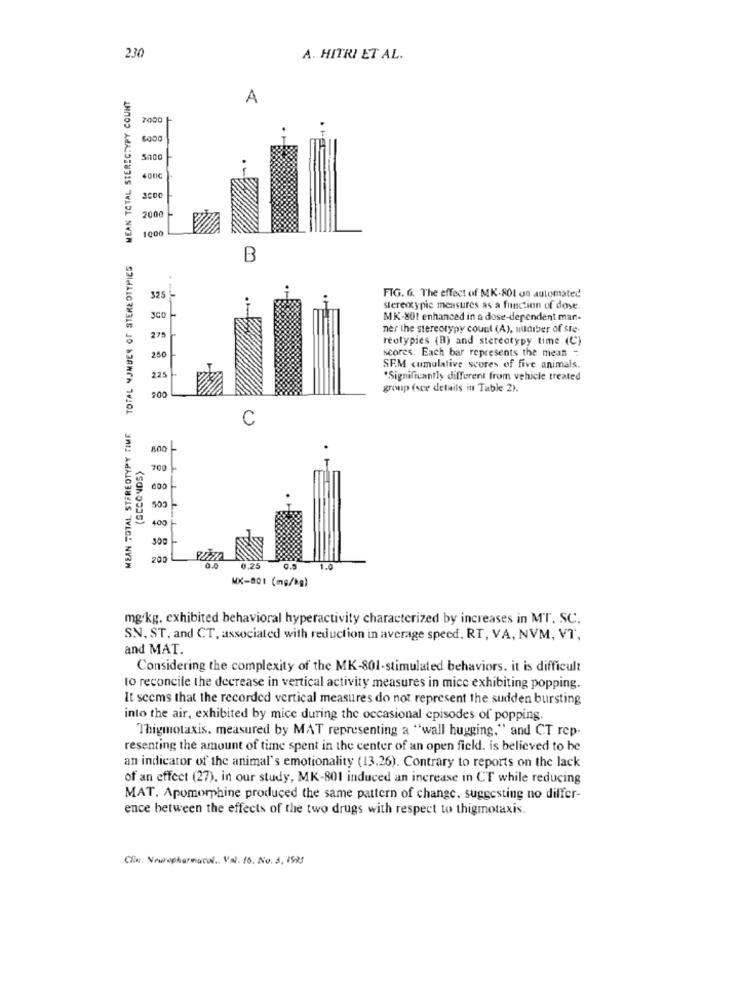
230
A. HITRI ET AL.
MEAN TOTAL STEREOTYPY COUNT
A
2000
5000
3COC
2000
1000
TOTAL NUMBER OF STEREOTYPIES
B
- .
325 L
FIG. 6. The effect of MK-801 an automated
stereicypie measures as a function of dose
MK-801 enhanced in a dose-dependent mar-
ner the stereotypy count (A), nudiber of ste-
275
reotypies (B) and stereotypy time (C)
250
scores. Each bar represents the mean -
SE.M cumulative scores of five animals.
225
*Significantly different from vehicle treated
group (see details in Table 2).
,00
C
MEAN TOTAL, STEREOTYPY TIME
0
(GECONDS)
700
400
400
300
200
1.25
0.0
MX-801 (mg/kg)
mg/kg, exhibited behavioral hyperactivity characterized by increases in MT. SC.
SN. ST, and CT, associated with reduction in average speed, RT, VA, NVM, VT,
and MAT.
Considering the complexity of the MK-801-stimulated behaviors. it is difficult
to reconcile the decrease in vertical activity measures in mice exhibiting popping.
It seems that the recorded vertical measures do not represent the sudden bursting
into the air, exhibited by mice during the occasional episodes of popping.
Thigmotaxis. measured by MAT representing a "wall hugging," and CT rep-
resenting the amount of time spent in the center of an open field. is believed to he
an indicator of the animal's emotionality (13,26). Contrary to reports on the lack
of an effect (27), in our study, MK-801 induced an increase in CT while reducing
MAT. Apomorphine produced the same pattern of change, suggesting no differ-
ence between the effects of the two drugs with respect to thigmotaxis.
Ciw. Newopharmacol .. Val. 16. No. 3. 1585